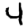
Digit: 4